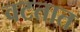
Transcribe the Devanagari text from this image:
वटतात